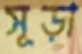
সুড়া